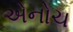
એનોચ